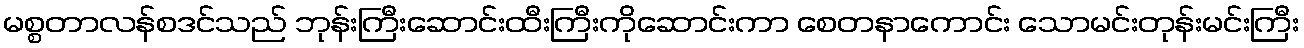
မစ္စတာလန်စဒင်သည် ဘုန်းကြီးဆောင်းထီးကြီးကိုဆောင်းကာ စေတနာကောင်း သောမင်းတုန်းမင်းကြီး